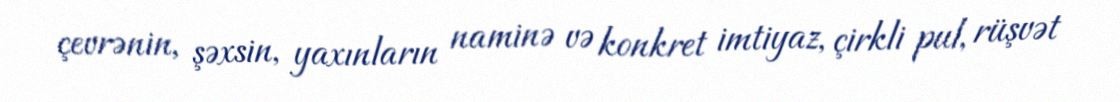
çevrənin, şəxsin, yaxınların naminə və konkret imtiyaz, çirkli pul, rüşvət